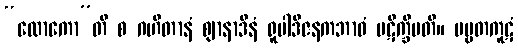
“လောကော”တိ စ ဂဟိတာနံ ဈာနာဒီနံ ရူပါဒိဇနကဘာဝံ ပဋိက္ခိပတိ။ ပဗ္ဗတကူဋံ